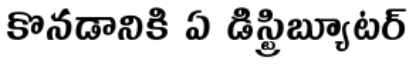
కొనడానికి ఏ డిస్ట్రిబ్యూటర్